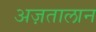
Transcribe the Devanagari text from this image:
अज़तालान